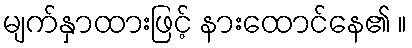
မျက်နှာထားဖြင့် နားထောင်နေ၏ ။